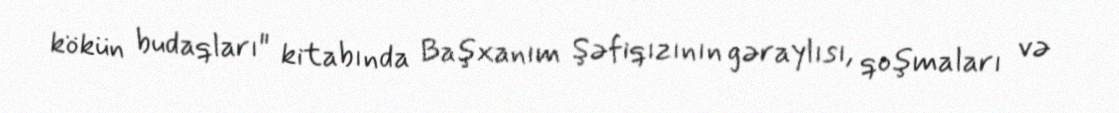
kökün budaqları" kitabında Başxanım Şəfiqızının gəraylısı, qoşmaları və